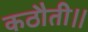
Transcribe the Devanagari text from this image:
कठौती।।